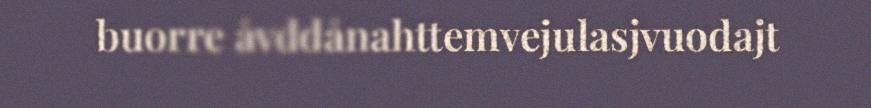
buorre åvddånahttemvejulasjvuodajt